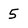
Character: 5